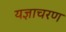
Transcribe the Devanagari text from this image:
यज्ञाचरण